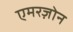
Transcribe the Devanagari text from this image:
एमरज़ोन